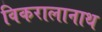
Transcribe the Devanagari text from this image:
विकरालानाथ